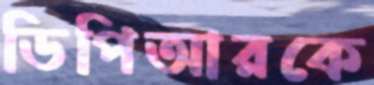
ডিপিআরকে